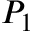
P _ { 1 }